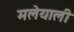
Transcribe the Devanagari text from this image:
मलेयाली